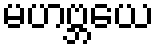
မဟဗ္ဘယေ